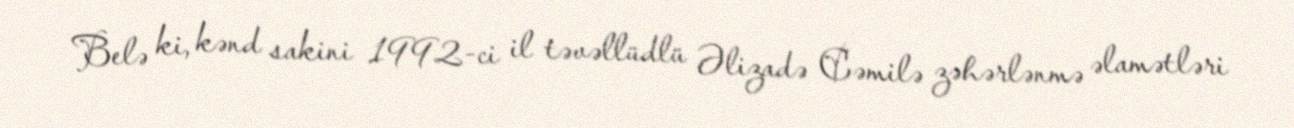
Belə ki, kənd sakini 1992-ci il təvəllüdlü Əlizadə Cəmilə zəhərlənmə əlamətləri